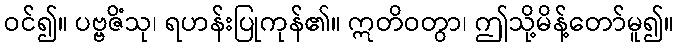
ဝင်၍။ ပဗ္ဗဇိံသု၊ ရဟန်းပြုကုန်၏။ ဣတိဝတွာ၊ ဤသို့မိန့်တော်မူ၍။